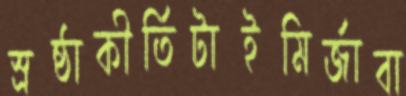
স্রষ্ঠাকীর্তিটাইমির্জাবা